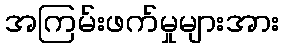
အကြမ်းဖက်မှုများအား